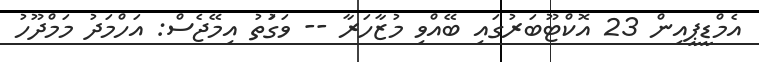
އެމްޑީޕީއިން 23 އޮކްޓޫބަރުގައި ބޭއްވި މުޒާހަރާ -- ވަގަުތު އިމޭޖެސް: އަހްމަދު މަމްދޫހު